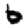
Digit: 6